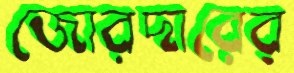
জোরদারের